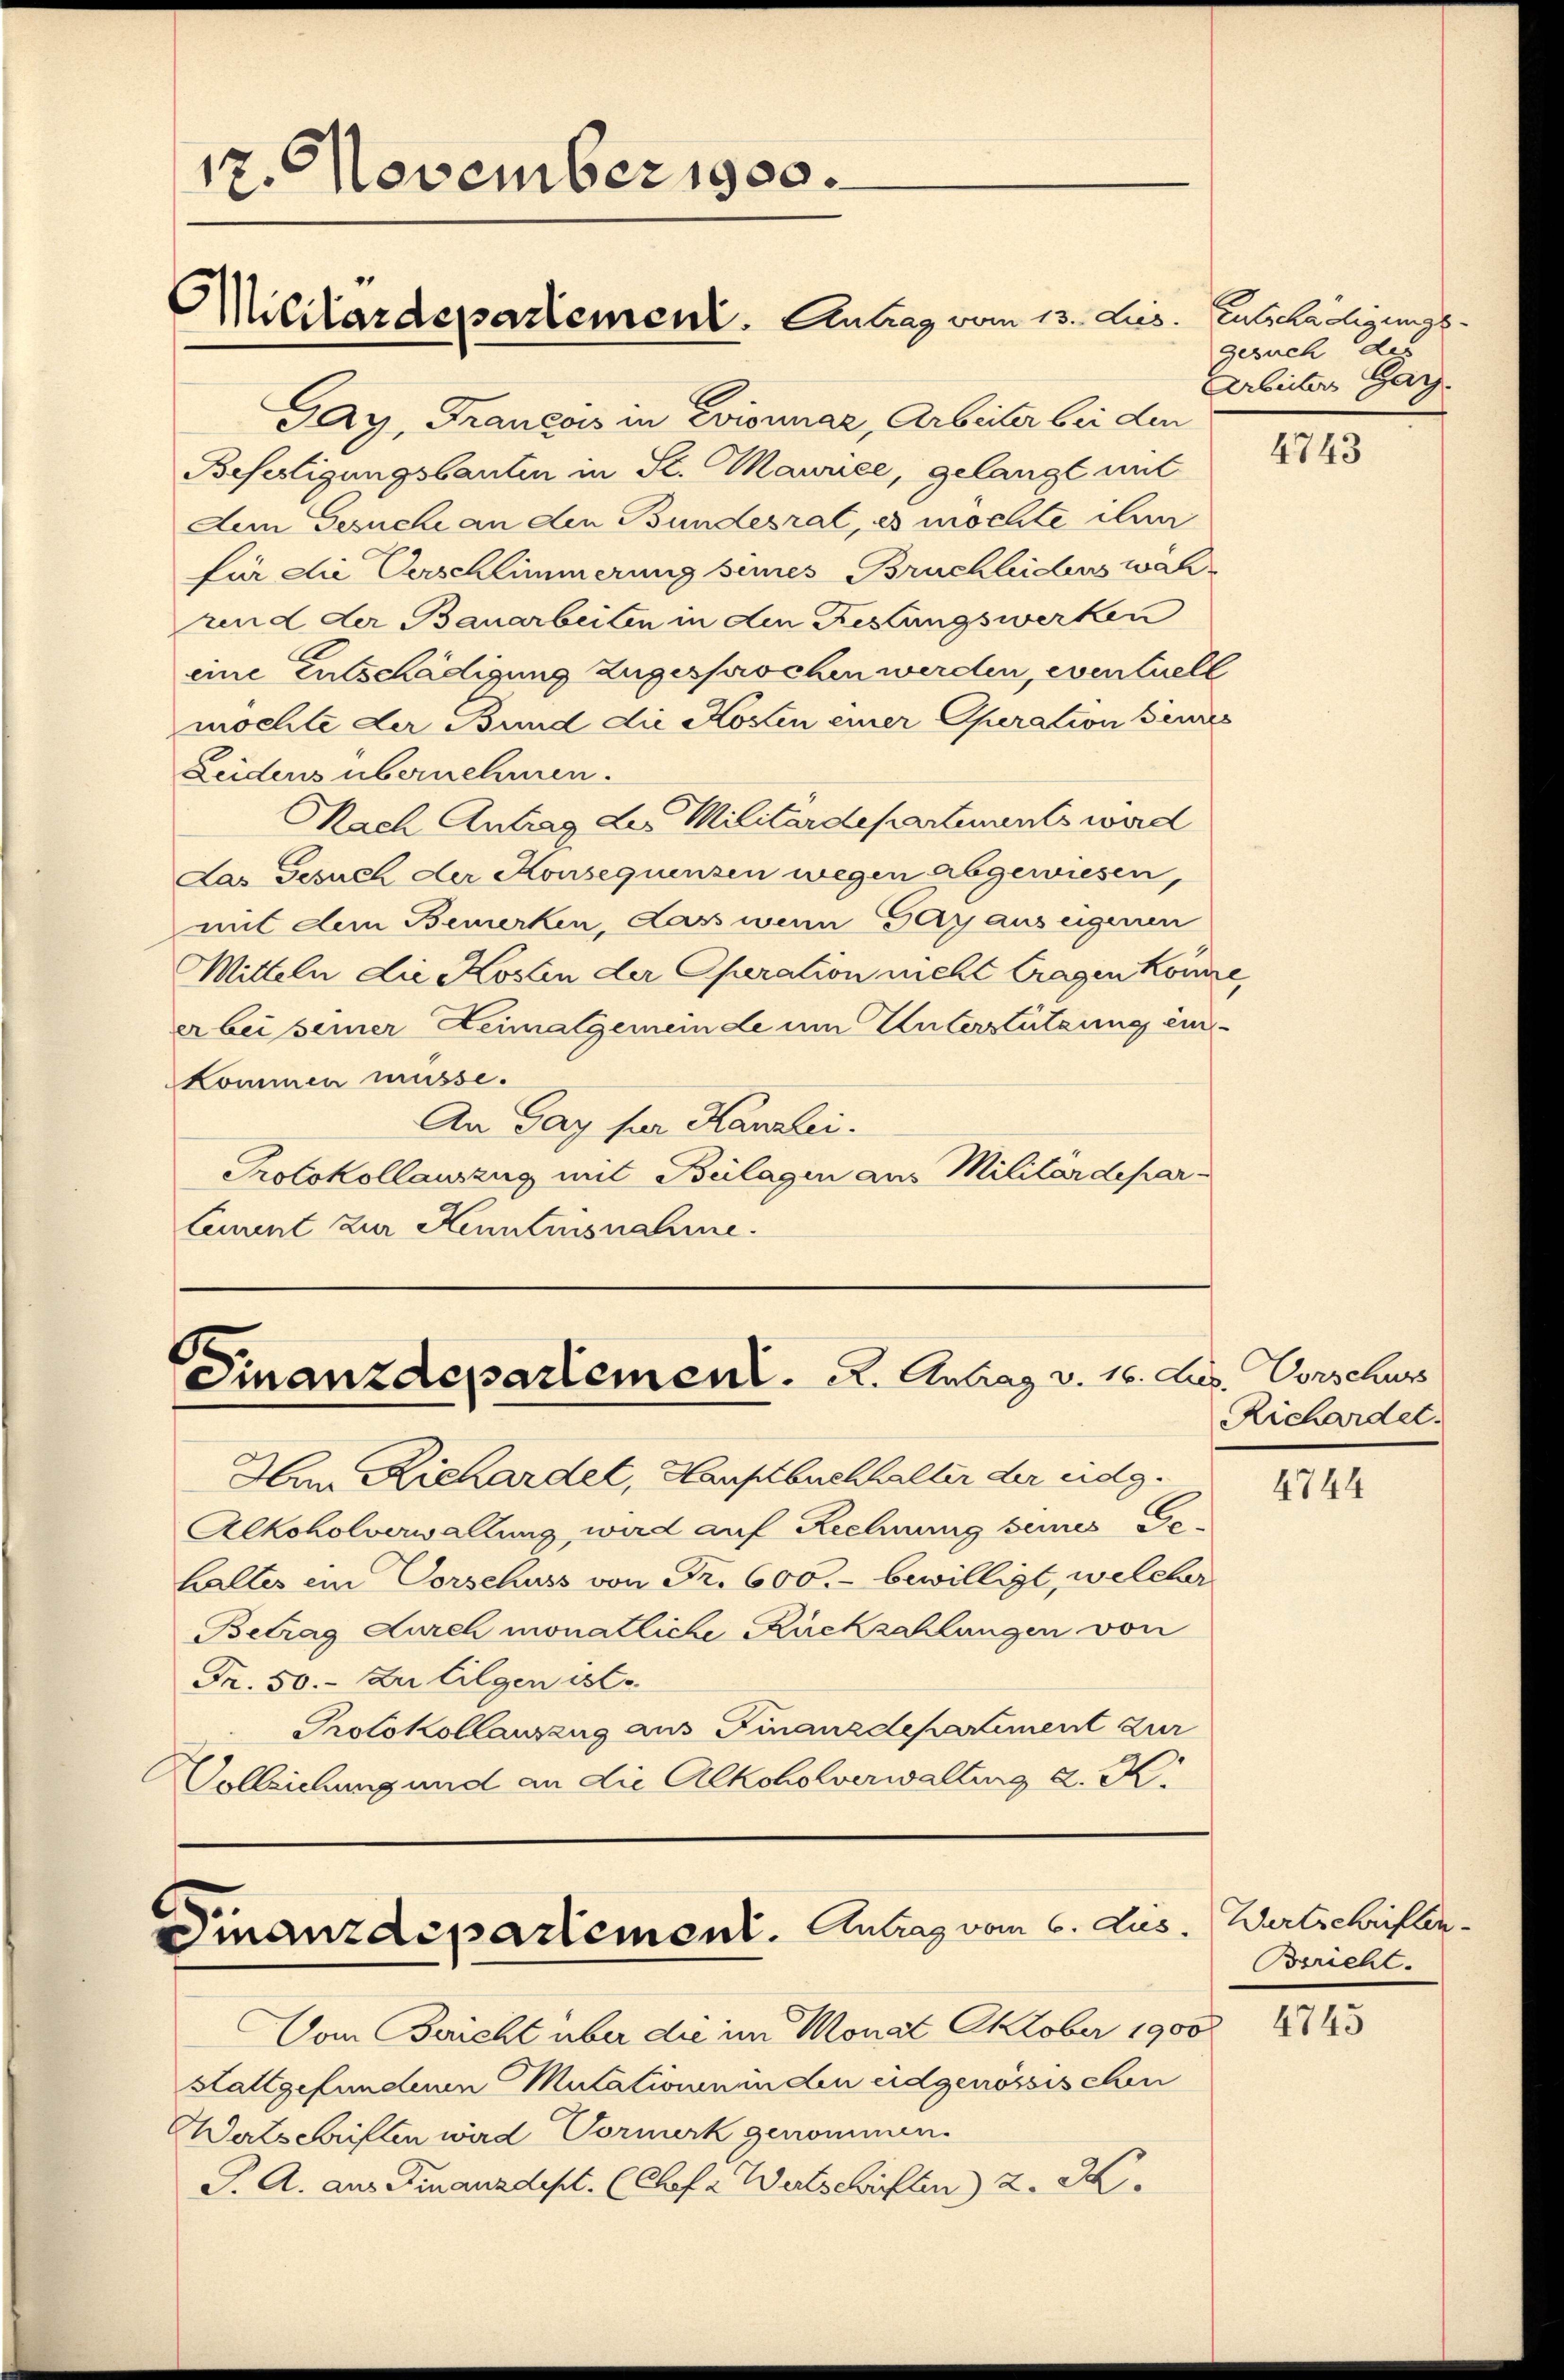
17. November 1900.
Militärdepartement. Antrag vom 13. Lies. Entschädigungs¬

Gay, Francois in Evionnaz, Arbeiter bei den
Befestigungsbauten in St. Maurice, gelangt mit
Aem Gesuche an den Bundesrat, es möchte ihm
für die Verschlimmerung sines Bruchlichens wäh¬
und der Bauarbeiten in den Festungswerken
eine Entschädigung zugesprochen werden, eventuell
möchte der Bund die Kosten einer Operation beures
Leidens übernehmen.
Nach Antrag des Militärdepartenants werd
das Gesuch der Konsequenzen wegen abgewiesen,
mit dem Bemerken, Lass wenn Gay aus eigenen
Mitteln die Kosten der Operation nicht tragen könne,
er bei seiner Heimatgemeinde um Unterstützung ein¬
Kommen müsse.
An Gay für Kanzlei.
Protokollauszug mit Beilagen aus Militärdepar-
Cement zur Kenntnisnahme.

Finanzdepartement. 2. Antrag v. 16. d.

Finanzdepartement. Antrag vom 6. Aus

Ien Richardel, Hauptbuchhalter der eidg.
Alkoholverwaltung, wird auf Rechnung seines Ge-
haltes ein Vorschuss von Fr. 600.- bewilligt, welcher
Betrag durch monatliche Rückzahlungen von
Fr. 50. Zu liegen ist.
Protokollauszug aus Finanzdepartiment zur
Volleichung und an die Alkoholverwaltung d. K.

Vom Bericht über die im Monat Oktober 1900
Stattgefunden Mutationeninden eidgenössischen
Watschriften wird Vormerk genommen.
J. A. aus Finanzdept. (Chefa Watschriften z. S.

Gesuch des
Arbeiter Gar

4743

Vorschur
.
Richardet.

4744

4745

Wertschriften.
Bericht.